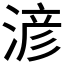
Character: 𣸥